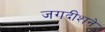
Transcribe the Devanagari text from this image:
जगदीशने